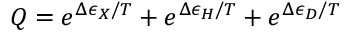
Q = e ^ { \Delta \epsilon _ { X } / T } + e ^ { \Delta \epsilon _ { H } / T } + e ^ { \Delta \epsilon _ { D } / T }